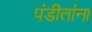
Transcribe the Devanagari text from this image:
पंडीतांना